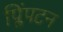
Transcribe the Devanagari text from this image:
प्लिंपटन